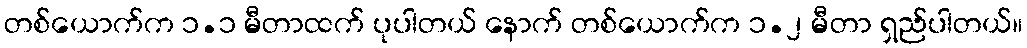
တစ်ယောက်က ၁.၁ မီတာထက် ပုပါတယ် နောက် တစ်ယောက်က ၁.၂ မီတာ ရှည်ပါတယ်။